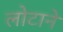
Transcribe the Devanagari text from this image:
लोटाने